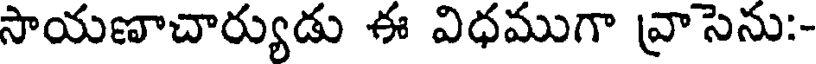
సాయణాచార్యుడు ఈ విధముగా వ్రాసెను:-